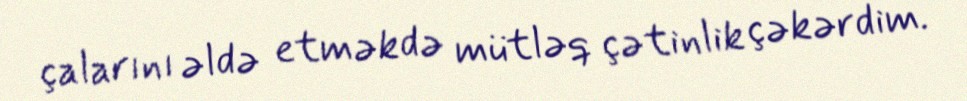
çalarını əldə etməkdə mütləq çətinlik çəkərdim.